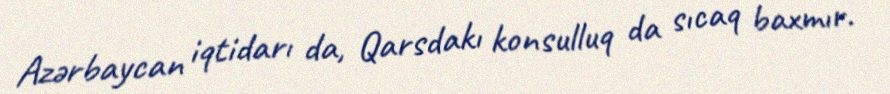
Azərbaycan iqtidarı da, Qarsdakı konsulluq da sıcaq baxmır.